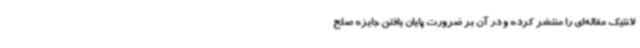
لانتیک مقاله‌ای را منتشر کرده و در آن بر ضرورت پایان یافتن جایزه صلح